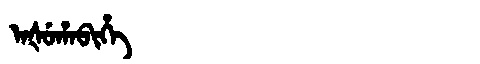
Manchu: ᠠᡧᡠᡥᠠᠪᡳᡥᡝ
Romanization: AŠUHABIHE